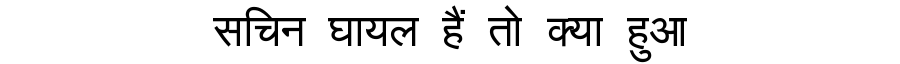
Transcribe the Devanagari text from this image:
सचिन घायल हैं तो क्या हुआ